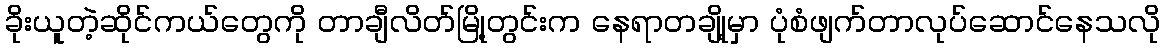
ခိုးယူတဲ့ဆိုင်ကယ်တွေကို တာချီလိတ်မြို့တွင်းက နေရာတချို့မှာ ပုံစံဖျက်တာလုပ်ဆောင်နေသလို